Lunatic asylums Central Provinces reports 1886-1894 - 1886-1894
Year: 1886
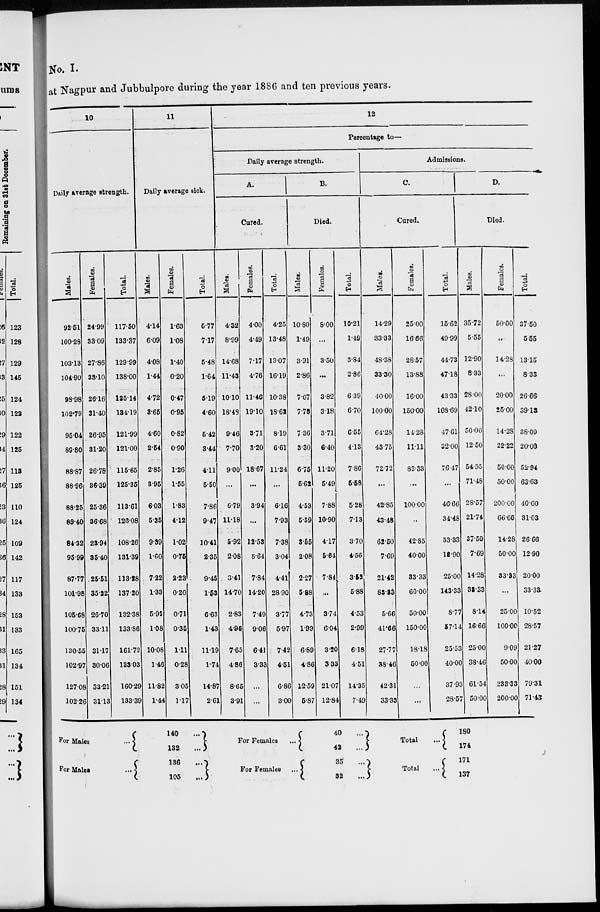
No. I.
at Nagpur and Jubbulpore during the year 1886 and ten previous years.
10
Daily average strength.
Males.
92.51
100.28
103.13
104.90
98.98
102.79
95.04
89.80
88.87
88.96
88.25
89.40
84.32
95.99
87.77
101.98
105.68
100.75
130.55
102.97
127.08
102.26
Females.
24.99
33.09
27.86
33.10
26.16
31.40
26.95
31.20
26.78
36.39
25.36
36.68
23.94
35.40
25.51
35.22
26.70
33.11
31.17
30.06
33.21
31.13
Total.
117.50
133.37
129.99
138.00
125.14
134.19
121.99
121.00
115.65
125.35
113.61
126.08
108.26
131.39
113.28
137.20
132.38
133.86
161.72
133.03
160.29
133.39
11
Daily average sick.
Males.
4.14
6.09
4.08
1.44
4.72
3.65
4.60
2.54
2.85
3.95
6.03
5.35
9.39
1.60
7.22
1.33
5.92
1.08
10.08
1.46
11.82
1.44
Females.
1.63
1.08
1.40
0.20
0.47
0.95
0.82
0.90
1.26
1.55
1.83
4.12
1.02
0.75
2.23
0.20
0.71
0.35
1.11
0.28
3.05
1.17
Total.
5.77
7.17
5.48
1.64
5.19
4.60
5.42
3.44
4.11
6.50
7.86
9.47
10.41
2.35
9.45
1.53
6.63
1.43
11.19
1.74
14.87
2.61
12
Percentage to—
Daily average strength.
A.
Cured.
Males.
4.32
8.99
14.68
11.43
10.10
18.48
9.46
7.70
9.00
...
6.79
11.18
5.92
2.08
3.41
14.70
2.83
4.96
7.65
4.86
8.65
3.91
Females.
4.00
4.49
7.17
4.76
11.46
19.10
3.71
3.20
18.67
...
3.94
...
12.53
5.64
7.84
14.20
7.49
9.06
6.41
3.33
...
...
Total.
4.25
13.48
13.07
16.19
10.38
18.63
8.19
6.61
11.24
...
6.16
7.93
7.38
3.04
4.41
28.90
3.77
5.97
7.42
4.51
6.86
3.00
B.
Died.
Males.
10.80
1.49
3.91
2.86
7.07
7.78
7.36
3.30
6.75
5.62
4.53
5.59
3.55
2.08
2.27
5.88
4.73
1.99
6.89
4.86
12.59
5.87
Females.
8.00
...
3.50
...
3.82
3.18
3.71
6.40
11.20
5.49
7.88
10.90
4.17
5.64
7.84
...
3.74
6.04
3.20
3.33
21.07
12.84
Total.
10.21
1.49
3.84
2.86
6.39
6.70
6.55
4.13
7.86
5.58
5.28
7.13
3.70
4.56
3.53
5.88
4.53
2.99
6.18
4.51
14.35
7.49
Admissions.
C.
Cured.
Males.
14.29
33.33
48.38
33.30
40.00
100.00
64.28
43.75
72.72
...
42.85
43.48
62.50
7.69
21.42
83.23
5.66
41.66
27.77
38.46
42.31
33.33
Females.
25.00
16.66
28.57
13.88
16.00
150.00
14.28
11.11
83.33
...
100.00
...
42.85
40.00
33.33
60.00
50.00
150.00
18.18
50.00
...
...
Total.
15.62
49.99
44.73
47.18
43.33
108.69
47.61
32.00
76.47
...
46.66
34.48
53.33
12.90
25.00
143.33
8.77
57.14
25.53
40.00
37.93
28.57
D.
Died.
Males.
35.72
5.55
12.90
8.33
28.00
42.10
50.00
12.50
54.55
71.48
28.57
21.74
37.50
7.69
14.28
33.33
8.14
16.66
25.00
38.46
61.54
50.00
Females.
50.00
...
14.28
...
20.00
25.00
14.28
22.22
50.00
50.00
200.00
66.66
14.28
50.00
33.33
...
25.00
100.00
9.09
50.00
233.33
200.00
Total.
37.50
5.55
13.15
8.33
26.66
39.13
38.09
20.00
52.94
63.63
40.00
31.03
26.66
12.90
20.00
33.33
10.52
28.57
21.27
40.00
79.31
71.43
For
Males
...
For
Males
...
140
132
136
105
For
Females ...
For Females ...
40 ...
42 ...
35 ...
32 ...
Total
...
Total
...
180
174
171
137